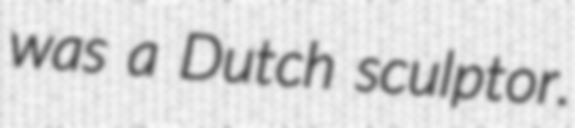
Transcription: was a Dutch sculptor.